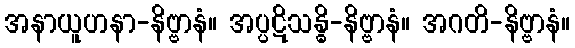
အနာယူဟနာ-နိဗ္ဗာနံ။ အပ္ပဋိသန္ဓိ-နိဗ္ဗာနံ။ အဂတိ-နိဗ္ဗာနံ။